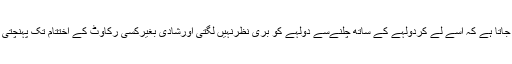
مانا جاتا ہے کہ اسے لے کردولہے کے ساتھ چلنےسے دولہے کو بری نظرنہیں لگتی اورشادی بغیرکسی رکاوٹ کے اختتام تک پہنچتی ہے۔